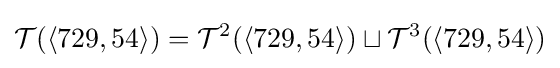
{\mathcal {T}}(\langle 729,54\rangle )={\mathcal {T}}^{2}(\langle 729,54\rangle )\sqcup {\mathcal {T}}^{3}(\langle 729,54\rangle )